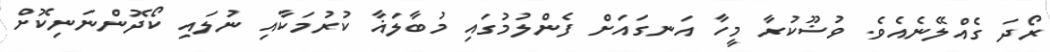
ރޯދަ ގެއްލޭނެއެވެ. ވުޟޫކުރާ މީހާ އަނގައަށް ފެންލުމުގައި މުބާލަޣާ ކުރުމަކާއި ނުލައި ކޯދޮންނަނިކޮށް